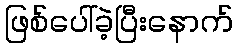
ဖြစ်ပေါ်ခဲ့ပြီးနောက်